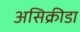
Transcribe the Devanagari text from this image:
असिक्रीडा